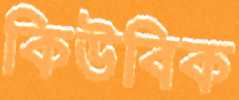
কিউবিক